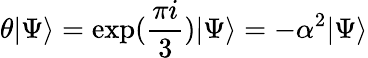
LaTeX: \theta\vert\Psi\rangle=\exp(\frac{\pi i}{3})\vert\Psi\rangle=-\alpha^{2}\vert\Psi\rangle